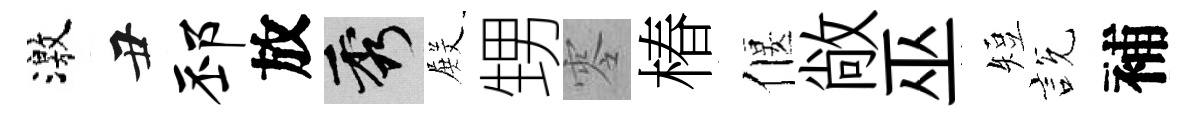
激丑邳放秀𭮺甥零椿偃敞巫短説補